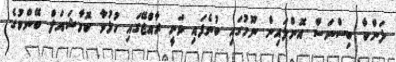
ލަންކާ ބިސްނަސް އޮންލައިން ނޫހުގައި ބުނެފައި ވަނީ ރާއްޖޭގައި ހުޅުވާ ކޮމާޝައަލް ބޭންކުގެ